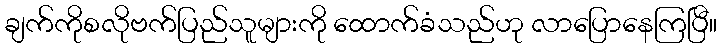
ချက်ကိုစလိုဗက်ပြည်သူများကို ထောက်ခံသည်ဟု လာပြောနေကြပြီ။